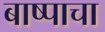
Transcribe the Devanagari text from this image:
बाष्पाचा